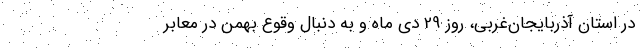
در استان آذربايجان‌غربي، روز 29 دي ماه و به دنبال وقوع بهمن در معابر